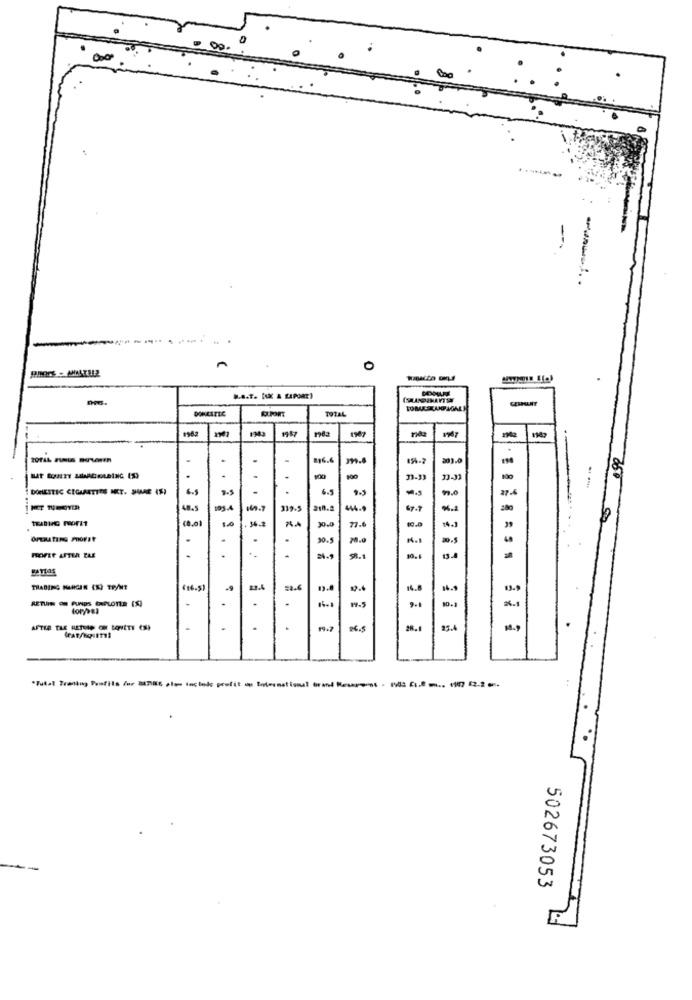
0
.
B.B.T. [UX A LAPORE)
CERPLAT
DOMESTIC
TOTAL
1943
1957
236.6
.
900
100
33.33
32-33
6.5
3-5
6.5
99.0
17-4
169.7
339.9
-..
1.0
. 34.2
14.]
30.0
.
.
.
.
30.5
70.0
48
FOFEE AFTER PAR
.
9.1
10.1
ra
TRADING MANGER (X) TP/NT
(16.5)
23.4
14.8
36.9
.
.
.
.
9.1
10.
AFTER TAX RETURN OH SONETT (S)
.
.
10.9
502673053